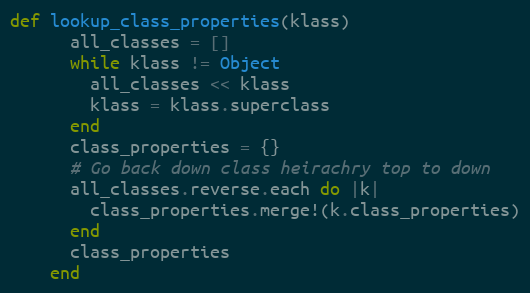
Language: Ruby
def lookup_class_properties(klass)
      all_classes = []
      while klass != Object
        all_classes << klass
        klass = klass.superclass
      end
      class_properties = {}
      # Go back down class heirachry top to down
      all_classes.reverse.each do |k|
        class_properties.merge!(k.class_properties)
      end
      class_properties
    end